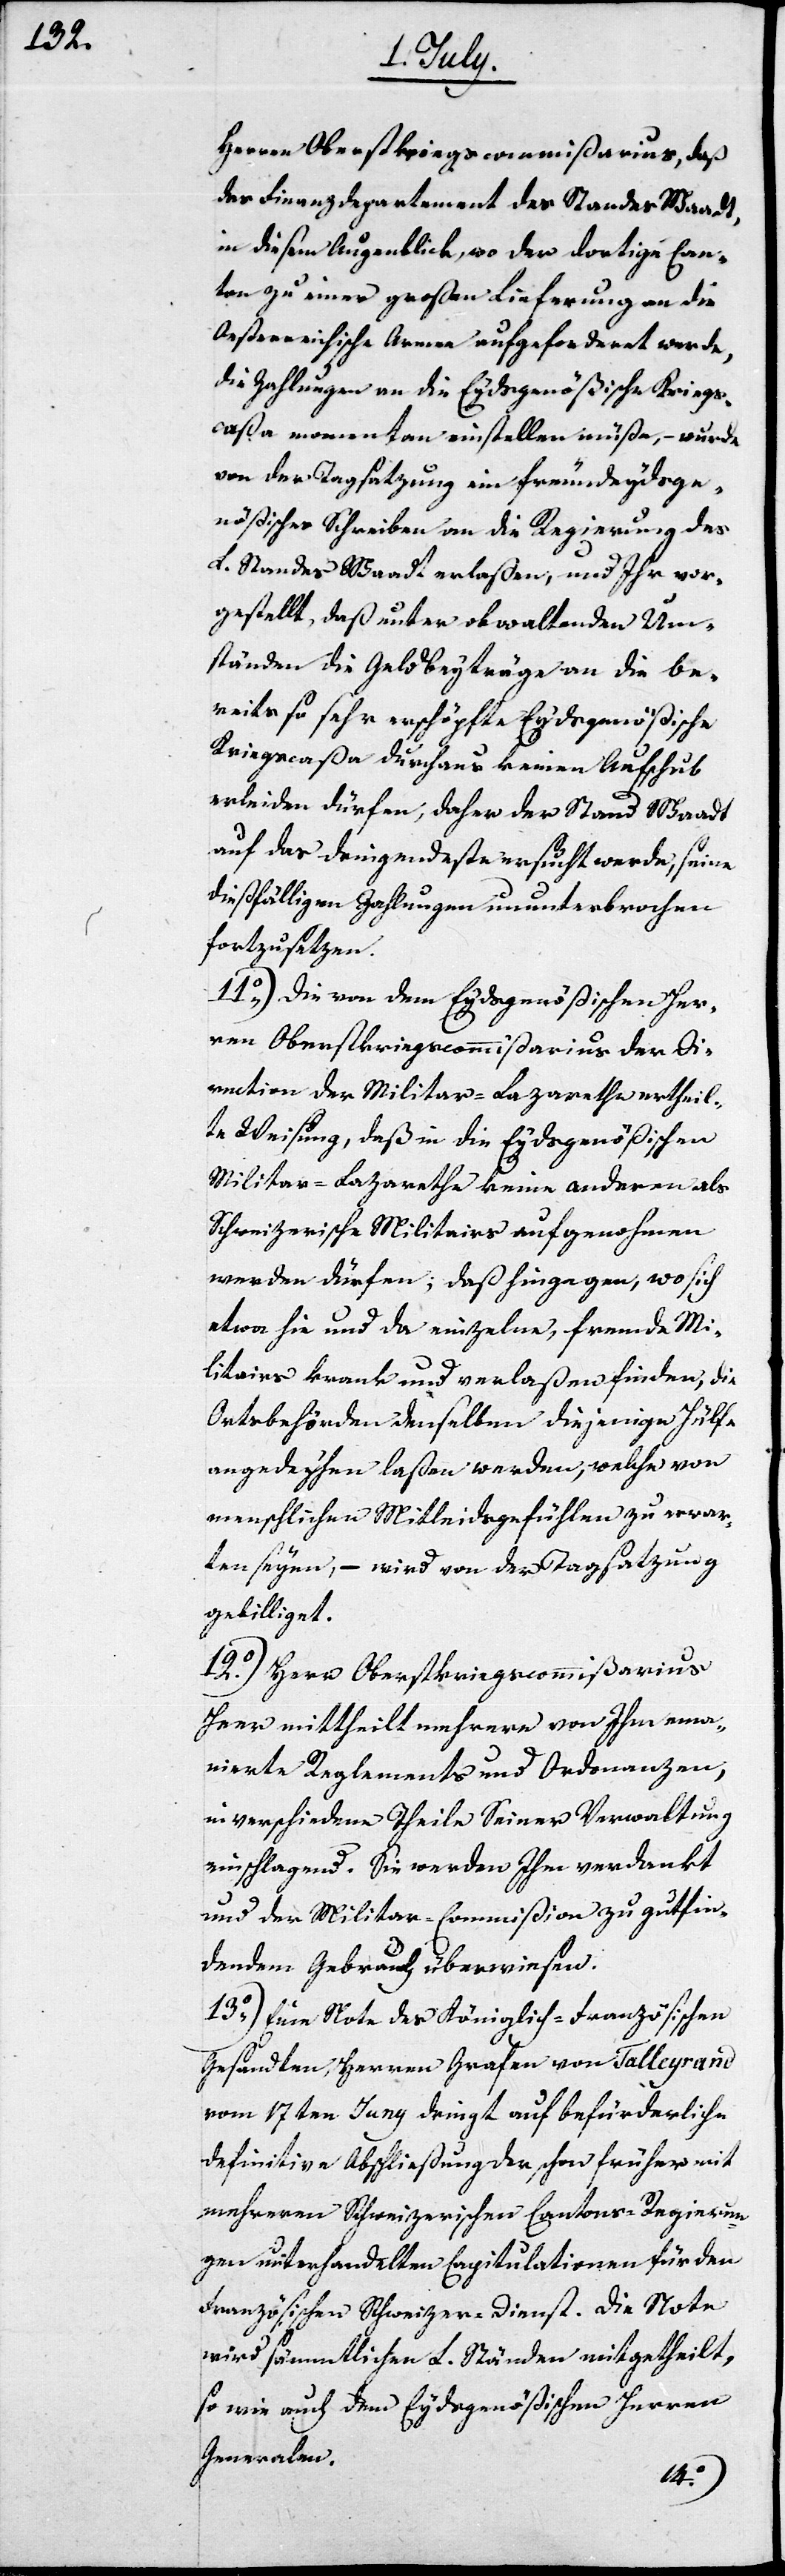
Herren Oberstkriegscommißarius, daß
das Finanzdepartement des Standes Waadt
in diesem Augenblick, wo der dortige Can¬
ton zu einer großen Lieferung an die
Oesterreichische Armee aufgefordert werde,
die Zahlungen an die Eydsgenößische Kriegs¬
caßa momentan einstellen müße, – wurde
von der Tagsatzung ein freundeydsge¬
nößisches Schreiben an die Regierung des
L. Standes Waadt erlaßen, und Ihr vor¬
gestellt, daß unter obwaltenden Um¬
ständen die Geldbeyträge an die be¬
reits so sehr erschöpfte Eydsgenößische
Kriegscaßa durchaus keinen Aufschub
erleiden dürfen, daher der Stand Waadt
auf das Dringendeste ersucht werde, seine
dießfälligen Zahlungen ununterbrochen
fortzusetzen.
11o) Die von dem Eydsgenößischen Her¬
ren Oberstkriegscommißarius der Di¬
rection der Militar-Lazarethe ertheil¬
te Weisung, daß in die Eydsgenößischen
Militar-Lazarethe keine anderen als
Schweizerische Militairs aufgenohmen
werden dürfen; daß hingegen, wo sich
etwa hie und da einzelne, fremde Mi¬
litairs krank und verlaßen finden, die
Ortsbehörden denselben diejenige Hülfe
angedeyhen laßen werden, welche von
menschlichen Mitleidsgefühlen zu erwar¬
ten seyen, – wird von der Tagsatzung
gebilliget.
12o) Herr Oberstkriegscommißarius
Heer mittheilt mehrere von Ihm ema¬
nierte Reglements und Ordonanzen,
in verschiedene Theile Seiner Verwaltung
einschlagend. Sie werden Ihm verdankt
und der Militar-Commißion zu gutfin¬
dendem Gebrauch überwiesen.
13o) Eine Note des Königlich-Französischen
Gesandten, Herren Grafen von Talleyrand
vom 17ten Juny dringt auf befürderliche
definitive Abschließung schon früher mit
mehreren Schweizerischen Cantons-Regierun¬
gen unterhandelten Capitulationen für den
Französischen Schweizer-Dienst. Die Note
wird sämmtlichen L. Ständen mitgetheilt,
so wie auch dem Eydsgenößischen Herren
Generalen.